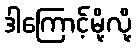
ဒါကြောင့်မို့လို့